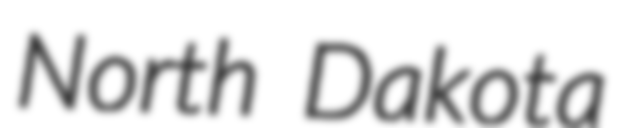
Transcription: North Dakota